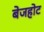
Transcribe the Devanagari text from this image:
बेजहोट